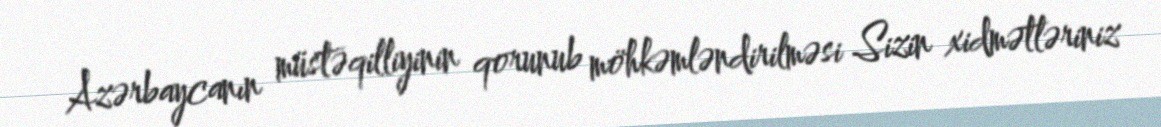
Azərbaycanın müstəqilliyinin qorunub möhkəmləndirilməsi Sizin xidmətləriniz